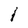
Character: 1